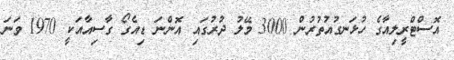
އޮސްޓްރީލިއާގެ ހުޅަނގުއުތުރުން 3000 މޭލު ދުރުގައި އޮންނަ ޑިއެގޯ ގާސިއާއަކީ 1970 ވަނަ